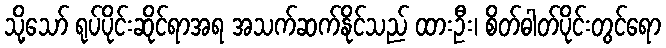
သို့သော် ရုပ်ပိုင်းဆိုင်ရာအရ အသက်ဆက်နိုင်သည် ထားဦး၊ စိတ်ဓါတ်ပိုင်းတွင်ရော